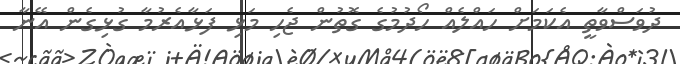
ދުވަސްވާތީ އެކަމަށް ހައްލެއް ހޯދުމުގެ ގޮތުން ޖެހި މަޅި ފަޅާއެރުމާ ގުޅިގެން އޭނާ